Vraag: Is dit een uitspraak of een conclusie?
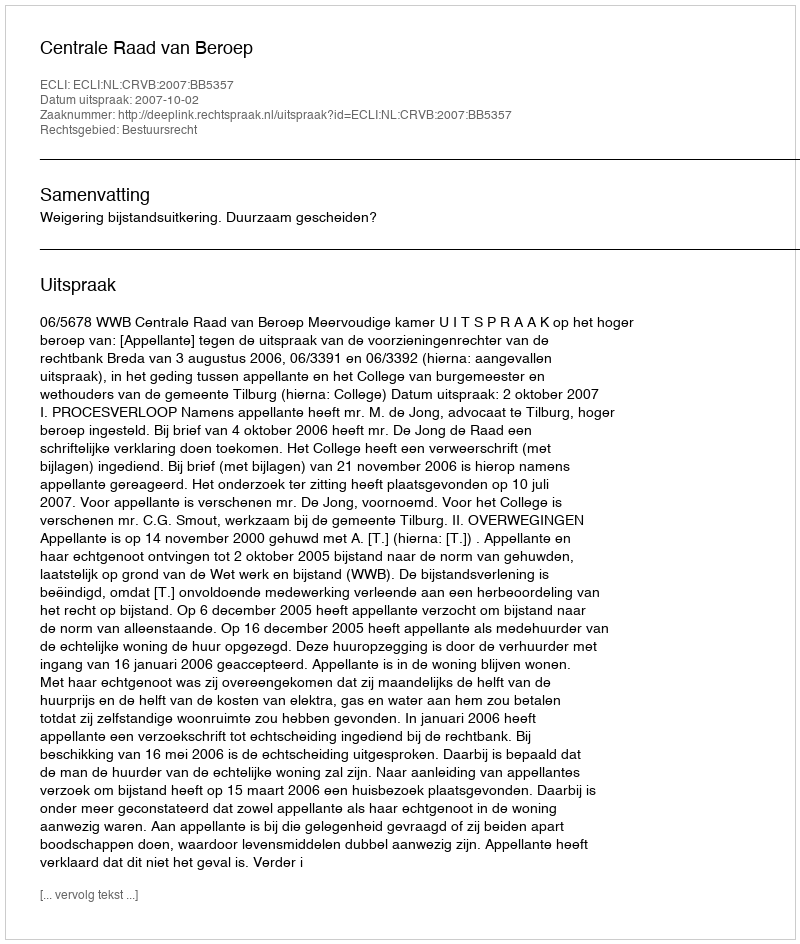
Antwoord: Uitspraak